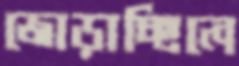
জোড়াচ্ছিলে